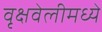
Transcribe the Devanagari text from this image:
वृक्षवेलीमध्ये